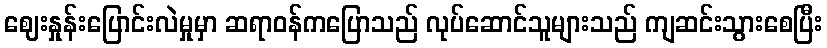
ဈေးနှုန်းပြောင်းလဲမှုမှာ ဆရာဝန်ကပြောသည် လုပ်ဆောင်သူများသည် ကျဆင်းသွားစေပြီး